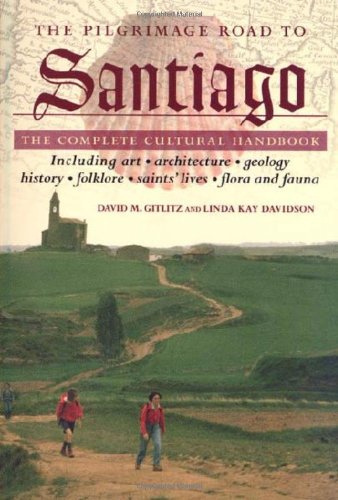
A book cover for The Pilgrimage Road to Santiago: The Complete Cultural Handbook; David M. Gitlitz; Travel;